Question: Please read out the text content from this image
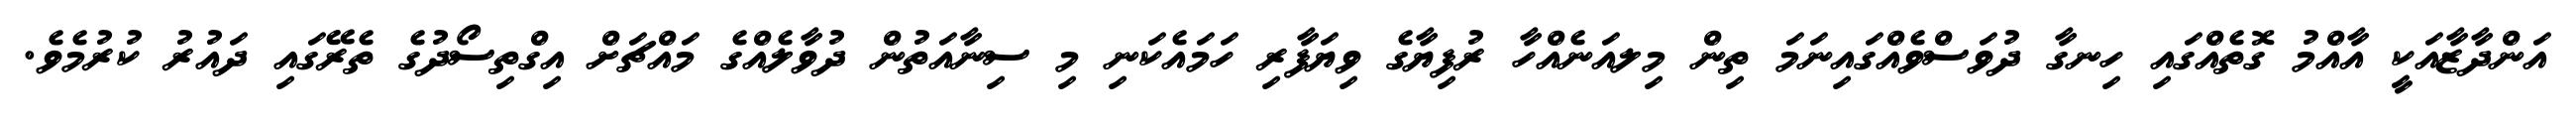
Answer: އަންދާޒާއަކީ އާއްމު ގޮތެއްގައި ހިނގާ ދުވަސްވެއްގައިނަމަ ތިން މިލއަނެއްހާ ރުފިޔާގެ ވިޔަފާރި ހަމައެކަނި މި ސިނާއަތުން ދުވާލެއްގެ މައްޗަށް އިގްތިސޯދުގެ ތެރޭގައި ދައުރު ކުރުމެވެ.